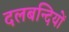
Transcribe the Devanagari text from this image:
दलबन्दियों